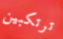
ترتكبين